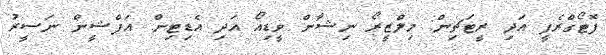
ފޮޓޯގްރެފީ އަދި ރީޓަޗިން: މިލްޒީރޯ ނިޝާން ވީޑިއޯ އަދި އެޑިޓިން: އަފްޝީން ނަސީރު